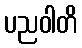
ပညဝါတိ